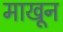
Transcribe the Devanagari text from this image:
माखून